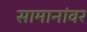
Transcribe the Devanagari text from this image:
सामानांवर